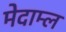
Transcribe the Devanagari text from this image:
मेदाम्ल